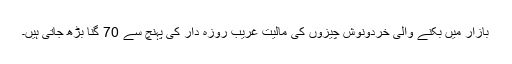
بازار میں بکنے والی خردونوش چیزوں کی مالیت غریب روزہ دار کی پہنچ سے 70 گنا بڑھ جاتی ہیں۔